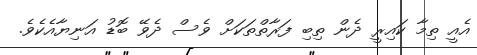
އެއީ ތިމާ ކައިރީ ދެން ތިބި ފަރާތްތަކަށް ވެސް ދެވޭ ބޮޑު އަނިޔާއެކެވެ.